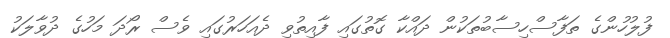
ފުލުހުންގެ ތަފާސްހިސާބުތަކުން ދައްކާ ގޮތުގައި ފާއިތުވި ދެއަހަރުގައި ވެސް ރޯދަ މަހުގެ ދުވާލަކު